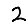
Digit: 2